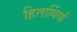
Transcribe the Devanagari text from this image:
हितार्थियों